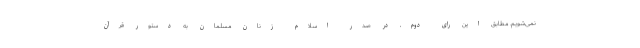
نمی‌شویم. مطابق این رای دوم، در صدر اسلام زنان مسلمانِ به دستور قرآن